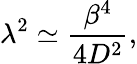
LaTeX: \lambda^{2}\simeq\frac{\beta^{4}}{4D^{2}},